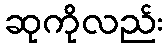
ဆုကိုလည်း